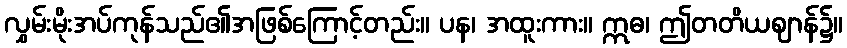
လွှမ်းမိုးအပ်ကုန်သည်၏အဖြစ်ကြောင့်တည်း။ ပန၊ အထူးကား။ ဣဓ၊ ဤတတိယဈာန်၌။